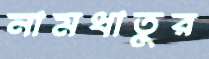
নামধাতুর